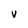
Character: V